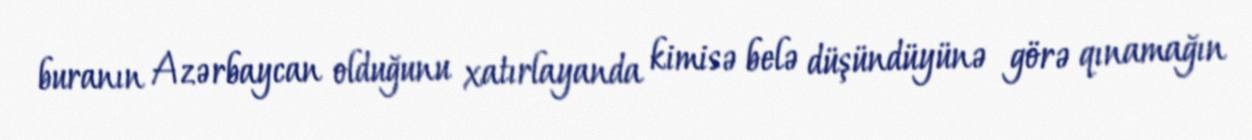
buranın Azərbaycan olduğunu xatırlayanda kimisə belə düşündüyünə görə qınamağın